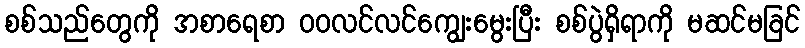
စစ်သည်တွေကို အစာရေစာ ဝဝလင်လင်ကျွေးမွေးပြီး စစ်ပွဲရှိရာကို မဆင်မခြင်